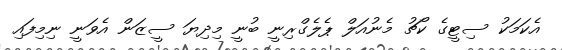
އެކަމަކު ސިޓީގެ ކޯޗު މެނުއަލް ޕެލެގްރިނީ ބުނީ މިދިޔަ ސީޒަން އެވަނީ ނިމިފައި